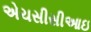
એચસીસીઆઇ